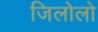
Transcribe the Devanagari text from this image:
जिलोलो